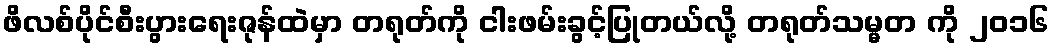
ဖိလစ်ပိုင်စီးပွားရေးဇုန်ထဲမှာ တရုတ်ကို ငါးဖမ်းခွင့်ပြုတယ်လို့ တရုတ်သမ္မတ ကို ၂၀၁၆